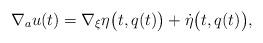
LaTeX: \begin{gather*} \nabla _a u (t) = \nabla _\xi \eta \bigl( t, q (t) \bigr) + \dot{\eta } \bigl( t, q (t) \bigr) , \end{gather*}